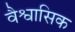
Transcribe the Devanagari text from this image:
वैश्वासिक